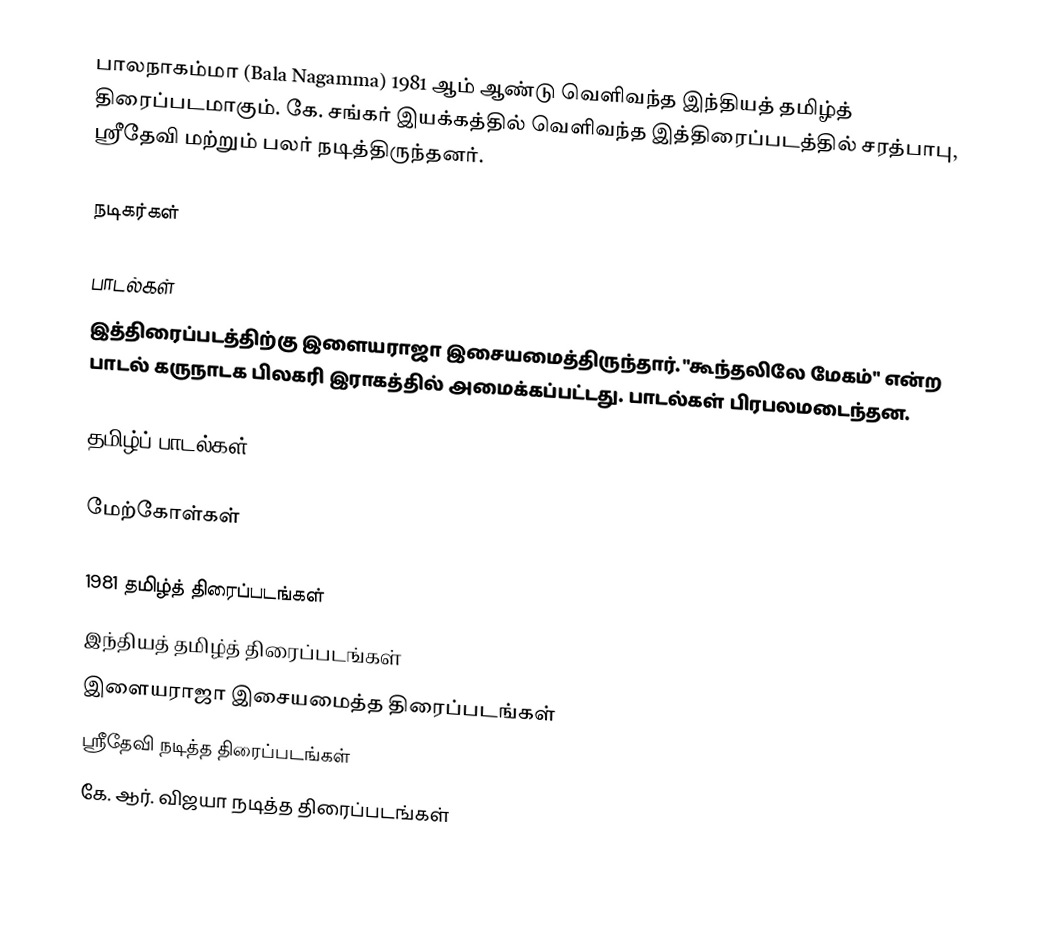
பாலநாகம்மா (Bala Nagamma) 1981 ஆம் ஆண்டு வெளிவந்த இந்தியத் தமிழ்த் திரைப்படமாகும். கே. சங்கர் இயக்கத்தில் வெளிவந்த இத்திரைப்படத்தில் சரத்பாபு, ஸ்ரீதேவி மற்றும் பலர் நடித்திருந்தனர்.

நடிகர்கள்

பாடல்கள்
இத்திரைப்படத்திற்கு இளையராஜா இசையமைத்திருந்தார். "கூந்தலிலே மேகம்" என்ற பாடல் கருநாடக பிலகரி இராகத்தில் அமைக்கப்பட்டது. பாடல்கள் பிரபலமடைந்தன.

தமிழ்ப் பாடல்கள்

மேற்கோள்கள்

1981 தமிழ்த் திரைப்படங்கள்
இந்தியத் தமிழ்த் திரைப்படங்கள்
இளையராஜா இசையமைத்த திரைப்படங்கள்
ஸ்ரீதேவி நடித்த திரைப்படங்கள்
கே. ஆர். விஜயா நடித்த திரைப்படங்கள்